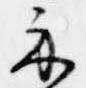
示